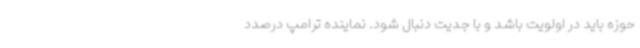
حوزه باید در اولویت باشد و با جدیت دنبال شود. نماینده ترامپ درصدد